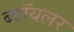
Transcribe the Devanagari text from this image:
ब्वॉयलर